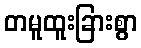
တမူထူးခြားစွာ